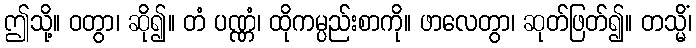
ဤသို့။ ဝတွာ၊ ဆို၍။ တံ ပဏ္ဏံ၊ ထိုကမ္ပည်းစာကို။ ဖာလေတွာ၊ ဆုတ်ဖြတ်၍။ တသ္မိံ၊